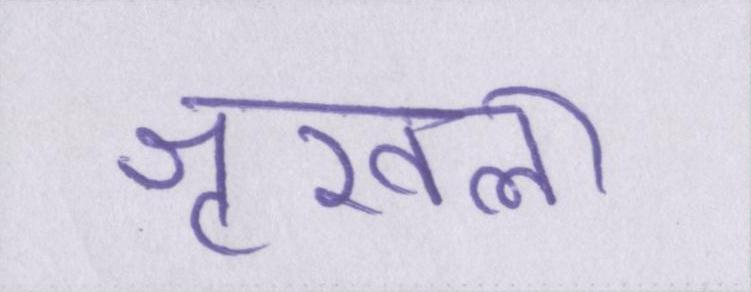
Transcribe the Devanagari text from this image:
शृखला